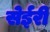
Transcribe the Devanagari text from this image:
सेईरी